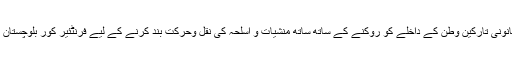
کوئٹہ — افغانستان سے پاکستان میں دہشت گردوں کی ممکنہ دراندازی اور غیر قانونی تارکین وطن کے داخلے کو روکنے کے ساتھ ساتھ منشیات و اسلحہ کی نقل وحرکت بند کرنے کے لیے فرنٹئیر کور بلوچستان نے پاک افغان سرحد پر خندق کھودنے کے پہلے مرحلے کا کام مکمل کر لیا ہے۔